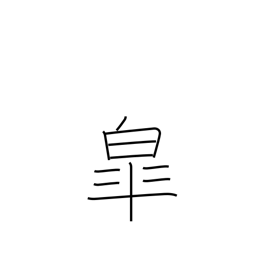
Meaning: fifth month